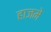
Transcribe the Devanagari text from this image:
हाजमे